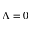
\Lambda = 0